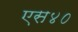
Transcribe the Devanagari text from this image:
एस४०